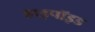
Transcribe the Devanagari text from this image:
हाइपॉइड